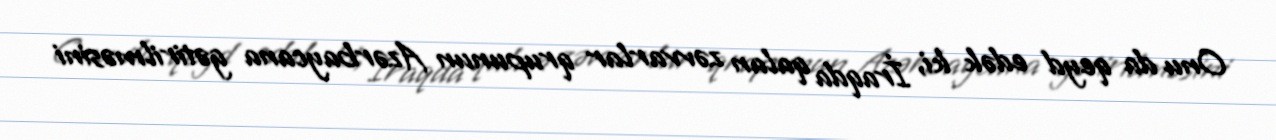
Onu da qeyd edək ki, İraqda qalan zəvvarlar qrupunun Azərbaycana gətirilməsini